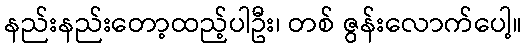
နည်းနည်းတော့ထည့်ပါဦး၊ တစ် ဇွန်းလောက်ပေါ့။